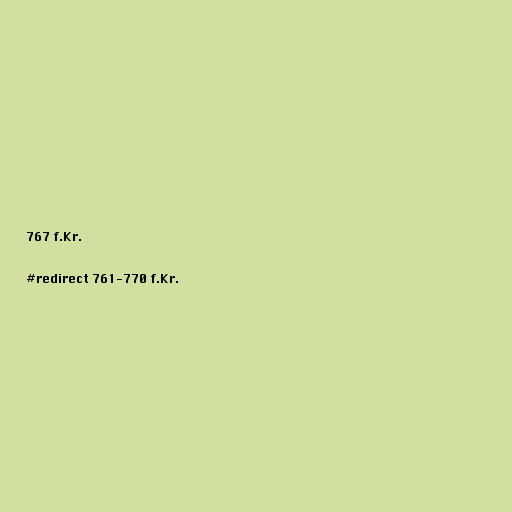
767 f.Kr.

#redirect 761-770 f.Kr.